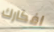
افكارك